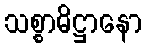
သစ္စာဓိဋ္ဌာနော